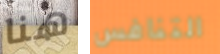
هنا التنافس